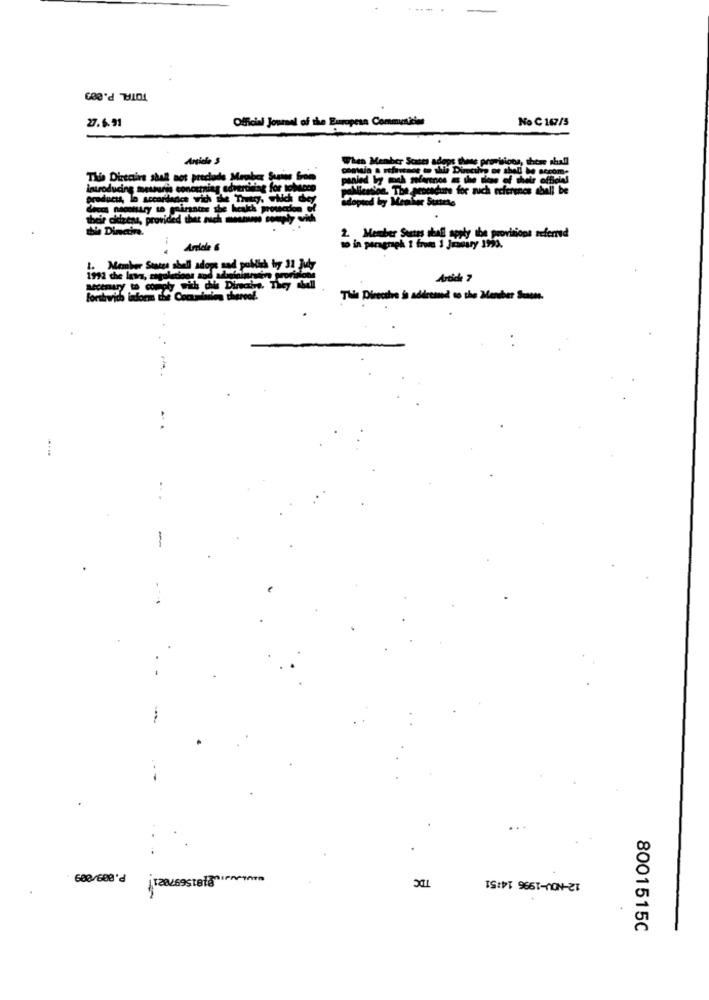
TOTAL P.809
27.6.91
Official Journal of the European Communities
No C 167/5
Anside S
When Member States adops these provisions, these shall
This Directive shall not preclude Meube
introducing mesuis concerning advertising for tobacco
Season. The penencure for such referenes aball be
products, lo accordance with the They, which de
adopted by Member Swarts
their citizens, provided
thie Dinetire.
2. Member States shall apply the provisions referred
Article 6
no in paragraph 1 from 1 Jmasary 1993.
1992 chie lava, sigel
forthwich inform the Cocatantes then
This Directive is addressed to the Menber Somone.
TDC
12-NOV-1996 14:51
680/608' 128269steg·
8001515C